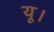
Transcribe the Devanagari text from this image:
यू।